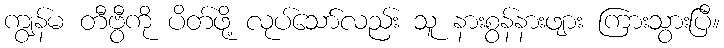
ကျွန်မ တီဗွီကို ပိတ်ဖို့ လုပ်သော်လည်း သူ နားစွန်နားဖျား ကြားသွားပြီ။